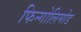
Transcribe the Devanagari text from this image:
फिन्गोलिमोड